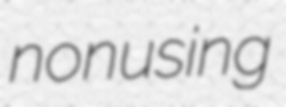
nonusing